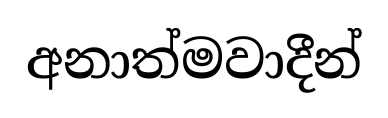
අනාත්මවාදීන්